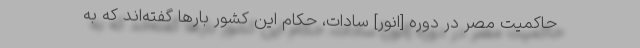
حاکمیت مصر در دوره [انور] سادات، حکام این کشور بارها گفته‌اند که به